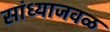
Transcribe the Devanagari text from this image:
सांध्याजवळ